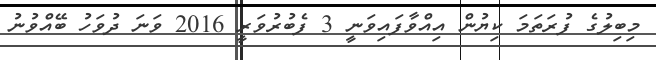
މިބިލުގެ ފުރަތަމަ ކިޔުން އިއްވާފައިވަނީ 3 ފެބުރުވަރީ 2016 ވަނަ ދުވަހު ބޭއްވުނު